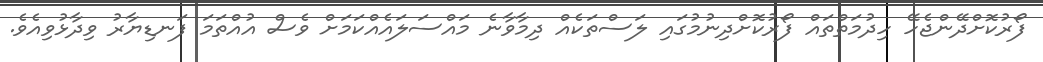
ފޯރުކޮށްދޭންޖެހޭ ހިދުމަތްތައް ފޯރުކޮށްދިނުމުގައި ލަސްތަކެއް ދިމާވާނެ މައްސަލައެއްކަމަށް ވެސް އުއްތަމަ ފަނޑިޔާރު ވިދާޅުވިއެވެ.